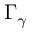
\Gamma _ { \gamma }